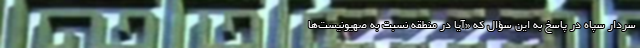
سردار سپاه در پاسخ به این سؤال که «آیا در منطقه نسبت به صهیونیست‌ها